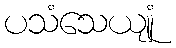
ပသံသေယျုံ